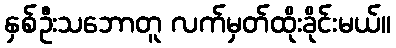
နှစ်ဦးသဘောတူ လက်မှတ်ထိုးခိုင်းမယ်။